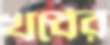
খর্বের